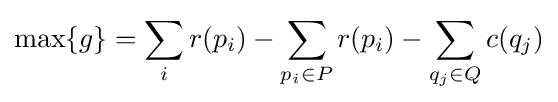
\max\{g\}=\sum _{i}r(p_{i})-\sum _{p_{i}\in P}r(p_{i})-\sum _{q_{j}\in Q}c(q_{j})